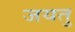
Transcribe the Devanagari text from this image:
जयतु